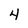
Character: 4